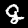
Digit: 8